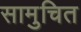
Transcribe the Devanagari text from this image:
सामुचित